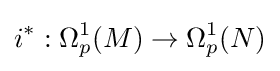
i^{*}:\Omega _{p}^{1}(M)\rightarrow \Omega _{p}^{1}(N)